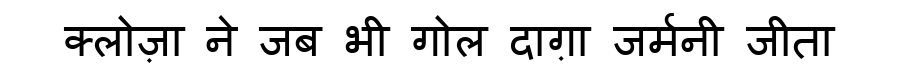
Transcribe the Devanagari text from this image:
क्लोज़ा ने जब भी गोल दाग़ा जर्मनी जीता